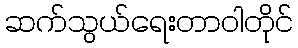
ဆက်သွယ်ရေးတာဝါတိုင်